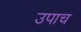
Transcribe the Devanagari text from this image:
उपाच